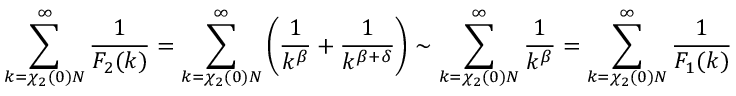
\sum _ { k = \chi _ { 2 } ( 0 ) N } ^ { \infty } \frac { 1 } { F _ { 2 } ( k ) } = \sum _ { k = \chi _ { 2 } ( 0 ) N } ^ { \infty } \left( \frac { 1 } { k ^ { \beta } } + \frac { 1 } { k ^ { \beta + \delta } } \right) \sim \sum _ { k = \chi _ { 2 } ( 0 ) N } ^ { \infty } \frac { 1 } { k ^ { \beta } } = \sum _ { k = \chi _ { 2 } ( 0 ) N } ^ { \infty } \frac { 1 } { F _ { 1 } ( k ) }